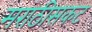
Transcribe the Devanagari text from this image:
मराठीसकट